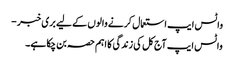
واٹس ایپ استعمال کرنے والوں کے لیے بری خبر -
واٹس ایپ آج کل کی زندگی کا اہم حصہ بن چکا ہے۔